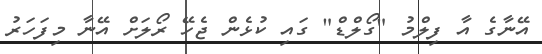
އޭނާގެ އާ ފިލްމު "ގޯލްޑް" ގައި ކުޅެން ޖެހޭ ރޯލަށް އޭނާ މިފަހަރު